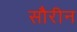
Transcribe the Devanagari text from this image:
सौरीन